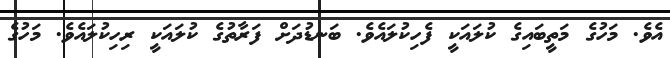
އެވެ. މަހުގެ މަތީބައިގެ ކުލައަކީ ފެހިކުލައެވެ. ބަނޑުދަށް ފަރާތުގެ ކުލައަކީ ރިހިކުލައެވެ. މަހުގެ